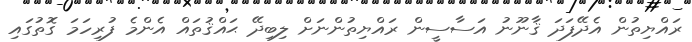
ރައްޔިތުން އެދޭފަދަ ޤާނޫނު އަސާސީން ރައްޔިތުންނަށް ލިބިދޭ ޙައްޤުތައް އެންމެ ފުރިހަމަ ގޮތުގައި